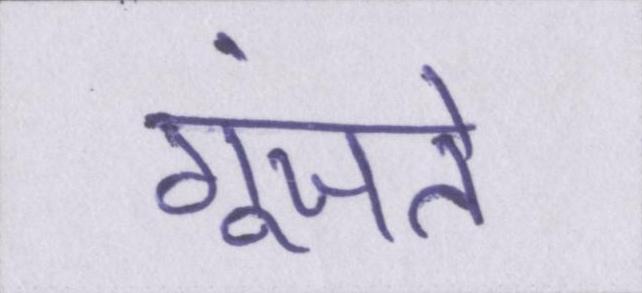
गूंजते